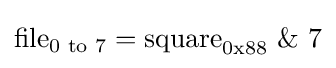
{\text{file}}_{\text{0 to 7}}={\text{square}}_{0{\rm {{x}88}}}\ \&\ 7